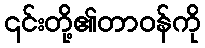
၎င်းတို့၏တာဝန်ကို